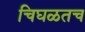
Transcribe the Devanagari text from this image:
चिघळतच